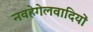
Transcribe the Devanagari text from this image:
नवहेगेलवादियों